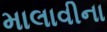
માલાવીના